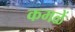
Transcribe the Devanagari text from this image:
कमळें